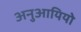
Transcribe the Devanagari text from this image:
अनुआयियो